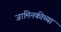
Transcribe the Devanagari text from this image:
जामिनकीच्या